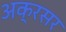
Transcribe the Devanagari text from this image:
अक्रसर